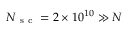
N _ { \mathrm { ~ s ~ c ~ } } = 2 \times 1 0 ^ { 1 0 } \gg N